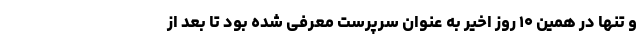
و تنها در همین ۱۰ روز اخیر به عنوان سرپرست معرفی شده بود تا بعد از